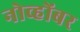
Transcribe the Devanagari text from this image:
नोव्होंबर